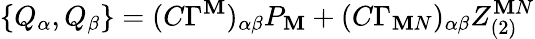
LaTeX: \{ Q_{\alpha},Q_{\beta}\} =(C\Gamma^{\mathbf{M}})_{\alpha\beta}P_{\mathbf{M}}+(C\Gamma_{\mathbf{M}N})_{\alpha\beta}Z_{(2)}^{\mathbf{M}N}